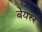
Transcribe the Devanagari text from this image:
बेयरर